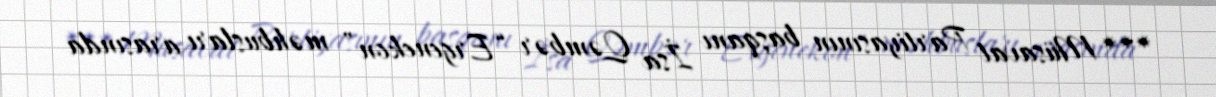
*** Müsavat Partiyasının başqanı İsa Qəmbər “Ergenekon” məhbusları arasında